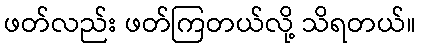
ဖတ်လည်း ဖတ်ကြတယ်လို့ သိရတယ်။